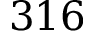
3 1 6